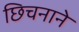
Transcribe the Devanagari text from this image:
छिचनाने